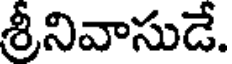
శ్రీనివాసుడే.